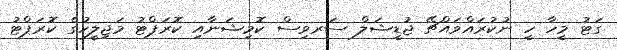
ގަޓު މީހާ ހީ ނުކުރައްވައްޗޭ ޖުޑީޝަލް ސަރވިސް ކޮމިޝަނާއި ކޮރަޕްޓު މަޖިލީހުގެ ކޮރަޕްޓު